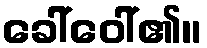
ခေါ်ဝေါ်၏။